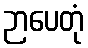
ဉာပေတုံ